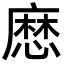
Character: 㦄